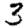
Digit: 3